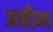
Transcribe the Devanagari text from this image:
असौम्य